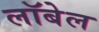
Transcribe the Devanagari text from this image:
लॉबेल